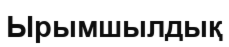
Ырымшылдық